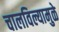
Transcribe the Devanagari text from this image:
चालविल्यामुळे